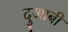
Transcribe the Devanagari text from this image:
दुआबी